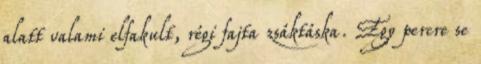
alatt valami elfakult, régi fajta zsáktáska. Egy percre se